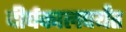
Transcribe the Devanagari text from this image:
दीर्घकालपर्यंत